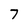
Character: 7